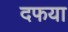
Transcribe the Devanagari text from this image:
दफया